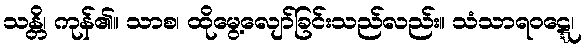
သန္တိ၊ ကုန်၏။ သာစ၊ ထိုမွေ့လျော်ခြင်းသည်လည်း။ သံသာရဝဋ္ဋေ၊